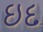
ઇદ